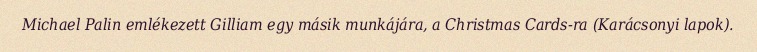
Michael Palin emlékezett Gilliam egy másik munkájára, a Christmas Cards-ra (Karácsonyi lapok).